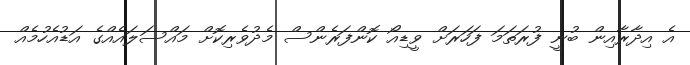
އެ އިދާރާއިން ބުނީ ފުރަތަމަ ފަހަރަށް ވީޑިއޯ ކޮންފަރެންސް މެދުވެރިކޮށް މައްސަލައެއްގެ އަޑުއެހުމެއް